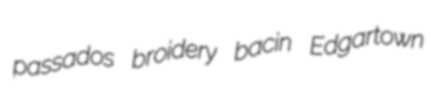
passados broidery bacin Edgartown